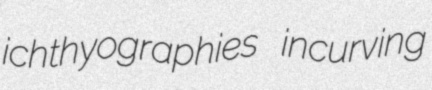
ichthyographies incurving